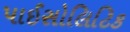
પાઈસોલિટિક